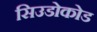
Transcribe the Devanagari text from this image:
सिउडोकोड